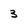
Character: 3